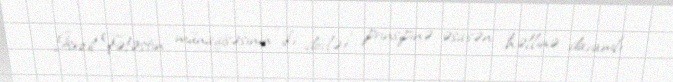
İsrail-Fələstin münaqişəsinin “iki dövlət” prinsipinə əsasən həllinə davamlı